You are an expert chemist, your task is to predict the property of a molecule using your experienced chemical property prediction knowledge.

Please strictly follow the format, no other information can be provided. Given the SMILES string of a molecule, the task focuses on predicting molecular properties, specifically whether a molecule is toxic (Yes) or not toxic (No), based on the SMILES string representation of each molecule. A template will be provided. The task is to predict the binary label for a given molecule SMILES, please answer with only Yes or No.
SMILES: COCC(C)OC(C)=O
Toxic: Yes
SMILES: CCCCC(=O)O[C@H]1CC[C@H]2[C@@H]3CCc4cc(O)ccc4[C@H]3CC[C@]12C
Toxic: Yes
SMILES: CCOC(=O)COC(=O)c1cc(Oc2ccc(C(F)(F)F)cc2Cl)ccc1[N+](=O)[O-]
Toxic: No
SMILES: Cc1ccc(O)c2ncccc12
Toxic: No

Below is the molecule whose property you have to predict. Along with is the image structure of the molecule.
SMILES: CC(=O)Nc1c(I)c(NC(C)=O)c(I)c(C(=O)[O-])c1I
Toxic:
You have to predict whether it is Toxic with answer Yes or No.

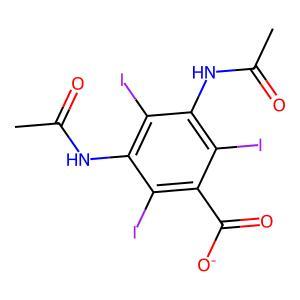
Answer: No